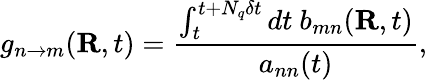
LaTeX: g_{n\rightarrow m}(\textbf{R},t)=\frac{\int_{t}^{t+N_{q}\delta t}dt\ b_{mn}(\textbf{R},t)}{a_{nn}(t)},